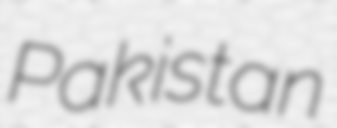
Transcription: Pakistan